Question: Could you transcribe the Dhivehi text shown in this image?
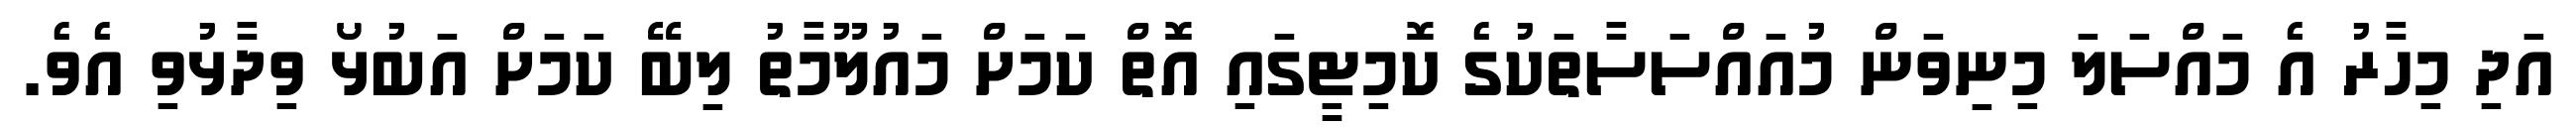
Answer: އަދި މިހާރު އެ މައްސަލަ މިނިވަން މުއައްސަސާތަކުގެ ކޮމިޓީގައި އޮތް ކަމަށް މައުލޫމާތު ލިބޭ ކަމަށް އަބުޅޯ ވިދާޅުވި އެވެ.